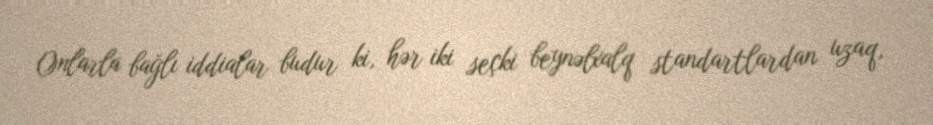
Onlarla bağlı iddialar budur ki, hər iki seçki beynəlxalq standartlardan uzaq,